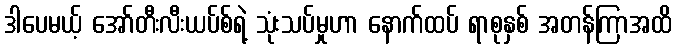
ဒါပေမယ့် အော်တီးလီးယပ်စ်ရဲ့ သုံးသပ်မှုဟာ နောက်ထပ် ရာစုနှစ် အတန်ကြာအထိ